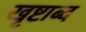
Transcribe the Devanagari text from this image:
खृष्टाब्द